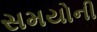
સમયોની